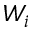
W _ { i }